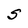
Character: S